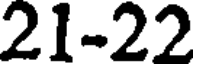
21-22